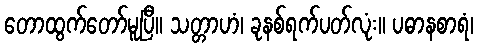
တောထွက်တော်မူပြီ။ သတ္တာဟံ၊ ခုနစ်ရက်ပတ်လုံး။ ပဓာနစာရံ၊